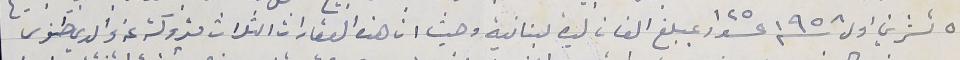
٥ تشرين اول سنة ١٩٥٨ عدد ١٢٥ بمبلغ الفان ليرة لبنانية وحيث ان هذه العقارات الثلاث متروكة عن والدي طنوس